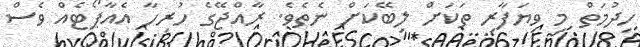
ހިދުމަތް މި ވިޔަފާރި ތަކަށް ލިބޭކަށް ނެތެވެ. ރާއްޖޭގެ ހުރިހާ އެއާޕޯޓެއް ވެސް